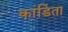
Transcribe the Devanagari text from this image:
कांडिता